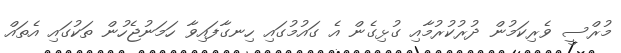
މުރްސީ ވެރިކަމުން ދުރުކުރުމާއި ގުޅިގެން އެ ގައުމުގައި ހިނގާފައިވާ ހަމަނުޖެހުން ތަކުގައި އެތައް